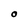
Character: O